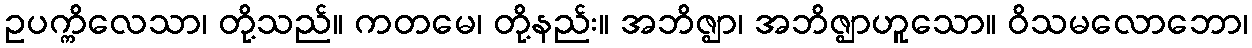
ဥပက္ကိလေသာ၊ တို့သည်။ ကတမေ၊ တို့နည်း။ အဘိဇ္ဈာ၊ အဘိဇ္ဈာဟူသော။ ဝိသမလောဘော၊